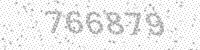
Solution: 766879